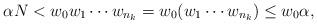
LaTeX: \begin{align*}\alpha N < w_0 w_1 \cdots w_{n_k} = w_0 ( w_1 \cdots w_{n_k} ) \leq w_0 \alpha,\end{align*}